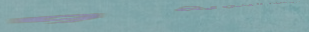
محل بيع الأدوات اليدوية و